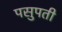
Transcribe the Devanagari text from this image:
पसुपती